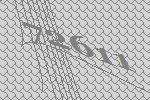
72611